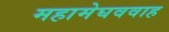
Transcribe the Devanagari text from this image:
महामेघववाह